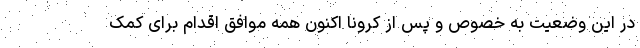
در این وضعیت به خصوص و پس از کرونا اکنون همه موافق اقدام برای کمک